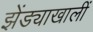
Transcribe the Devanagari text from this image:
झेंड्याखालीं